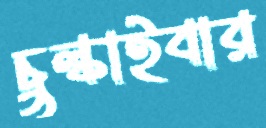
চুল্‌কাইবার